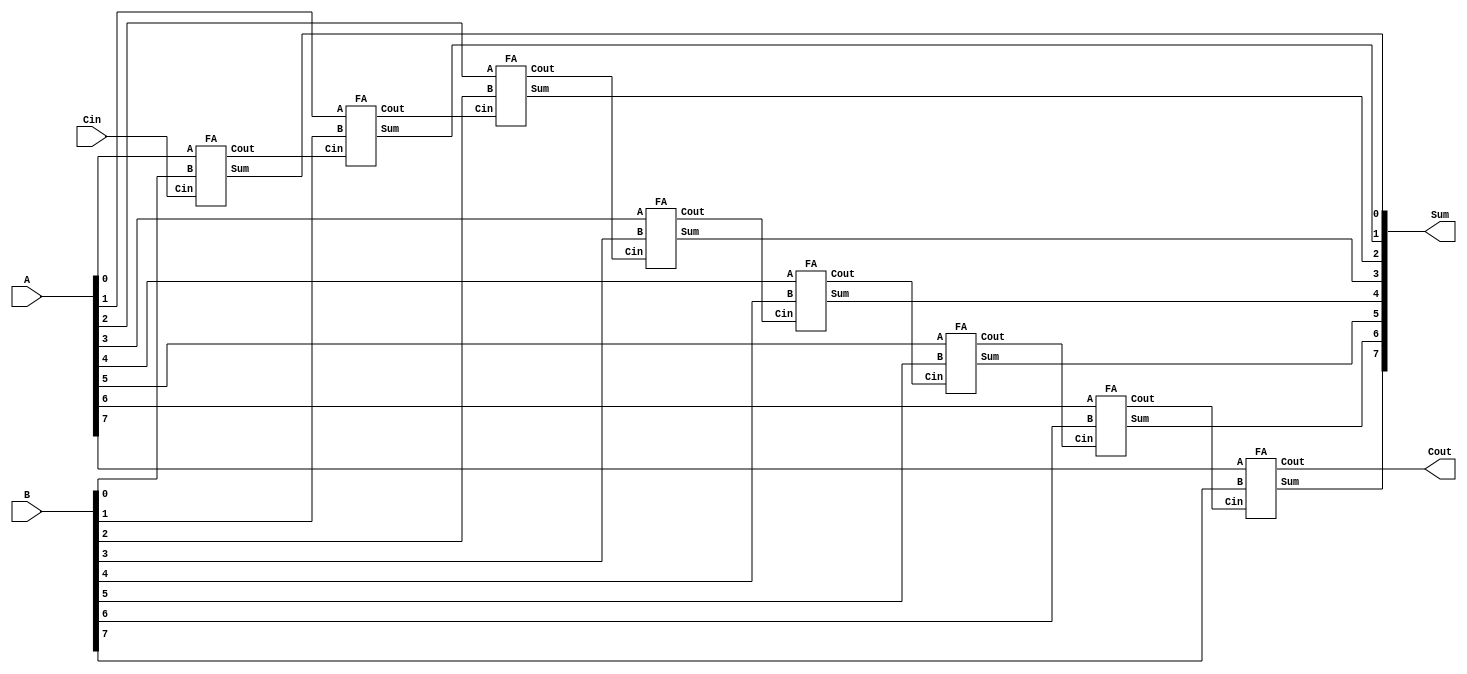
module RCA (A, B, Cin, Sum, Cout);

parameter N = 8;

input [N-1:0] A, B;
input Cin;
output Cout;
output [N-1:0] Sum;

wire [N:0] C;

assign C[0] = Cin;

genvar g1;
generate
	for(g1=0;g1<N;g1=g1+1) begin: Full_Adder
		FA F0 (A[g1], B[g1], C[g1], Sum[g1], C[g1+1]);
	end
endgenerate

assign Cout = C[N];

endmodule


// Full_Adder

module FA(A, B, Cin, Sum, Cout);
input A, B, Cin;
output Sum, Cout;

assign Sum = A ^ B ^ Cin;
assign Cout = ((A ^ B) & Cin) | (A & B);

endmodule